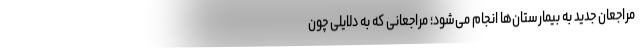
مراجعان جدید به بیمارستان‌ها انجام می‌شود؛ مراجعانی که به دلایلی چون